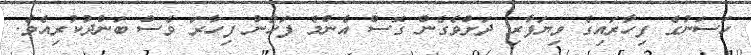
ހަސަނުގެ ފިހާރައިގެ ވިޔަފާރި ދަށްވެގެން ގޮސް އެންމެ ފަހުން ފިހާރަ ވެސް ބަންދުކުރިއެވެ.